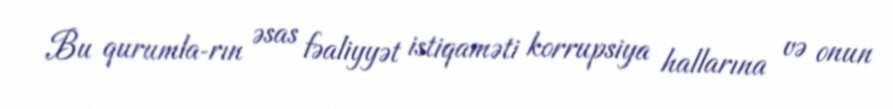
Bu qurumla­rın əsas fəaliyyət istiqaməti korrupsiya hallarına və onun